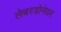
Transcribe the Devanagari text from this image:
लेबरडोनेयर